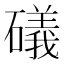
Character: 礒